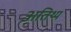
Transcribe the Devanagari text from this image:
अतिथ्य